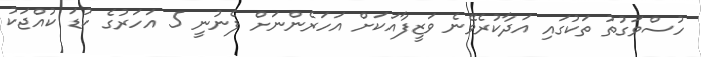
ހުސްވަގުތު ތަކުގައި އަދާކުރެވޭނެ ވަޒީފާއަކަށް އަހަރެންނަށް ފެނުނީ 5 އަހަރުގެ ކުޑަ ކުއްޖަކު